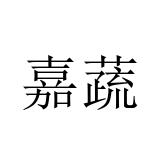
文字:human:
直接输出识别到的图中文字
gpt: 嘉蔬